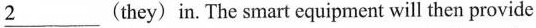
\underline{2} (they) in. The smart equipment will then provide